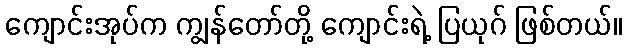
ကျောင်းအုပ်က ကျွန်တော်တို့ ကျောင်းရဲ့ ပြယုဂ် ဖြစ်တယ်။